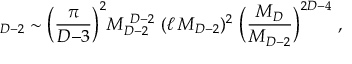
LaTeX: \L _ { D - 2 } \sim \Big ( { \frac { \pi } { D { - } 3 } } \Big ) ^ { 2 } M _ { D - 2 } ^ { ~ D - 2 } ~ ( \ell \, M _ { D - 2 } ) ^ { 2 } ~ \Big ( { \frac { M _ { D } } { M _ { D - 2 } } } \Big ) ^ { 2 D - 4 } ~ ,